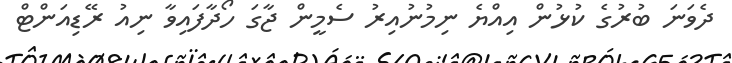
ދެވަނަ ބުރުގެ ކުޅުން އިއްޔެ ނިމުނުއިރު ސެމީން ޖާގަ ހޯދާފައިވާ ނިއު ރޭޑިއަންޓް